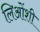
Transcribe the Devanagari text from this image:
लिओंशी